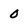
Character: O